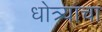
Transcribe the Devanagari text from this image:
धोत्र्याचा